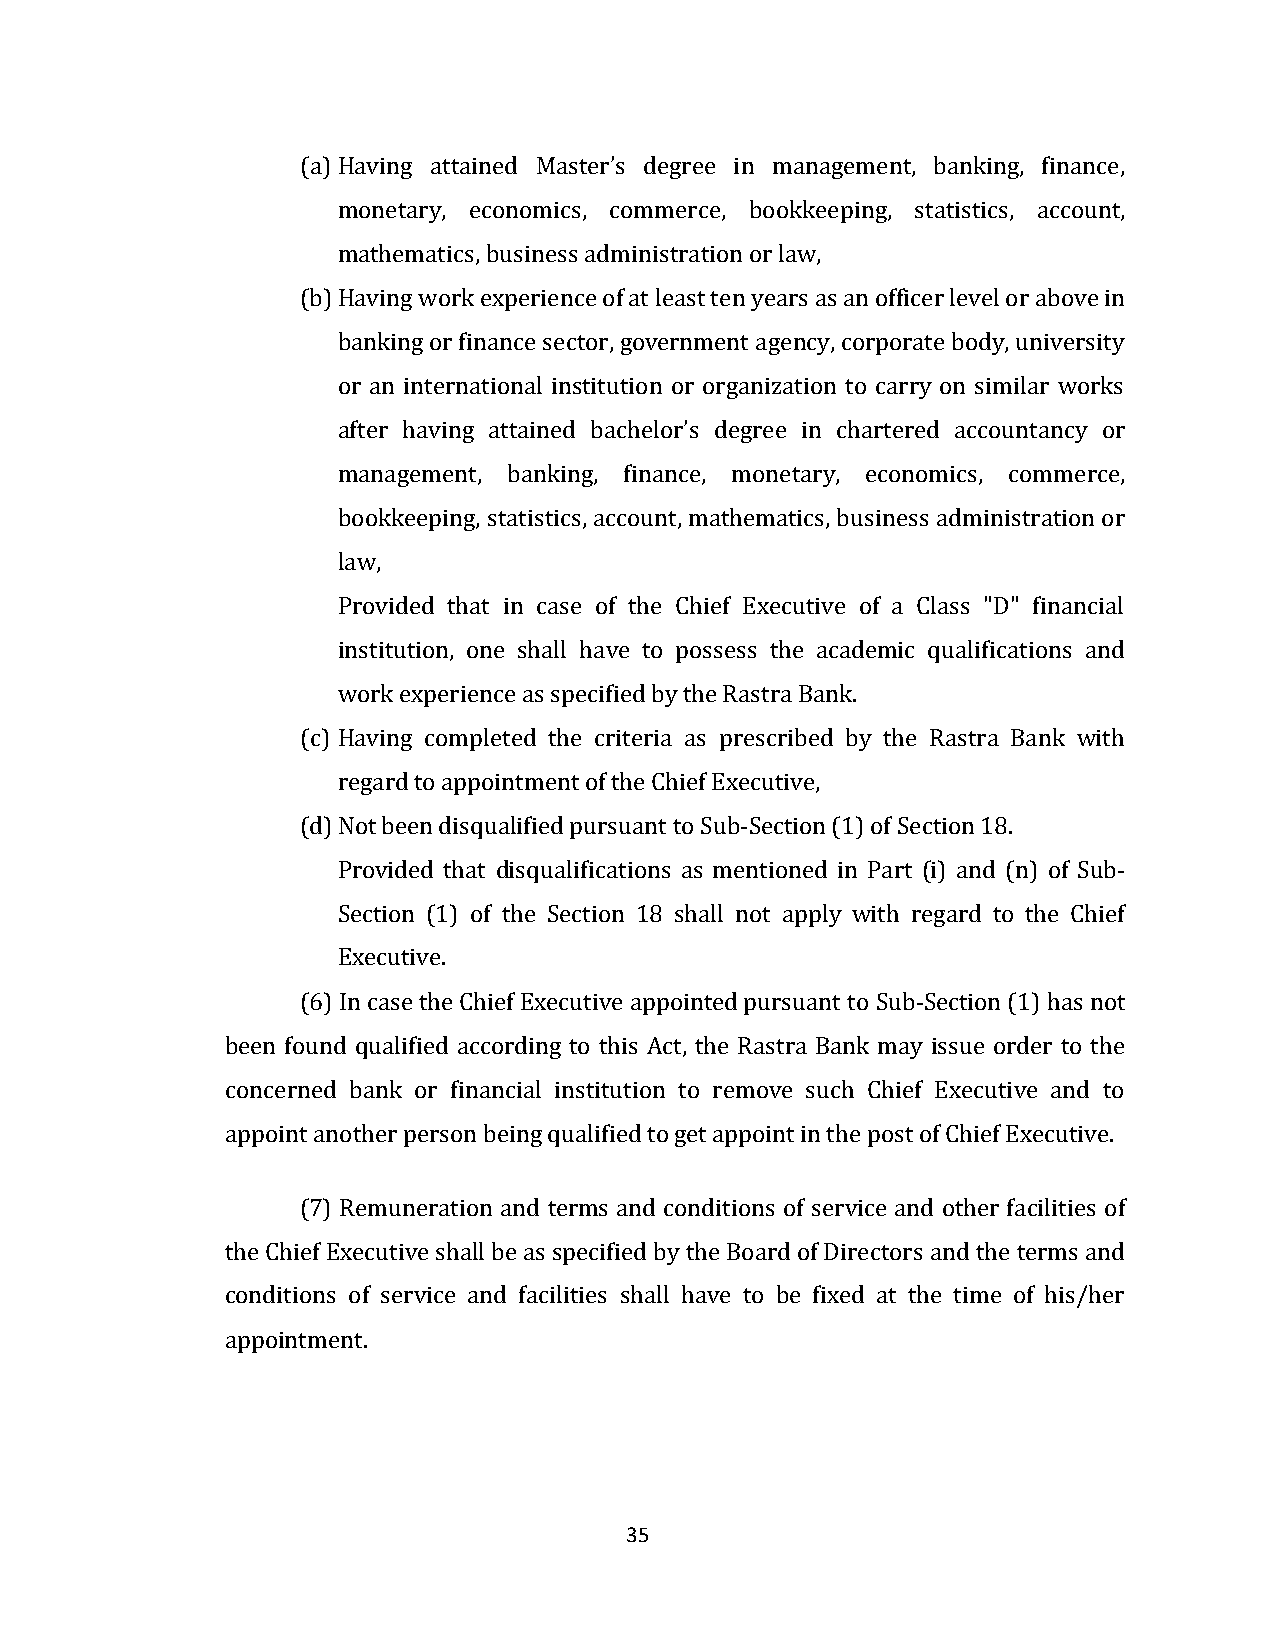
(a) Having attained Master’s degree in management, banking, finance,
 monetary, economics, commerce, bookkeeping, statistics, account,
 mathematics, business administration or law,
 (b) Having work experience of at least ten years as an officer level or above in
 banking or finance sector, government agency, corporate body, university
 or an international institution or organization to carry on similar works
 after having attained bachelor’s degree in chartered accountancy or
 management, banking, finance, monetary, economics, commerce,
 bookkeeping, statistics, account, mathematics, business administration or
 law,
 Provided that in case of the Chief Executive of a Class "D" financial
 institution, one shall have to possess the academic qualifications and
 work experience as specified by the Rastra Bank.
 (c) Having completed the criteria as prescribed by the Rastra Bank with
 regard to appointment of the Chief Executive,
 (d) Not been disqualified pursuant to Sub-Section (1) of Section 18.
 Provided that disqualifications as mentioned in Part (i) and (n) of Sub-
 Section (1) of the Section 18 shall not apply with regard to the Chief
 Executive.
 (6) In case the Chief Executive appointed pursuant to Sub-Section (1) has not
 been found qualified according to this Act, the Rastra Bank may issue order to the
 concerned bank or financial institution to remove such Chief Executive and to
 appoint another person being qualified to get appoint in the post of Chief Executive.
 (7) Remuneration and terms and conditions of service and other facilities of
 the Chief Executive shall be as specified by the Board of Directors and the terms and
 conditions of service and facilities shall have to be fixed at the time of his/her
 appointment.
 35